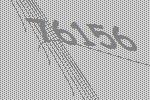
76156